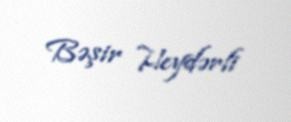
Bəşir Heydərli